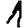
Digit: 1